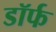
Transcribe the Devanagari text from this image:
डॉर्फ